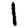
Digit: 1